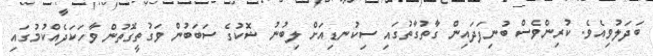
ބަދަލުވިއެވެ. ކުރިންވެސް ބުނިފަދައިން ގާތުގާތުގައި ސިކުނޑިއަށް ލިބުނު ޝޮކުގެ ސަބަބުން ވަގުތީގޮތުން ވާހަކަދެއްކުމުގައި